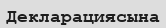
Декларациясына